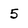
Character: 5